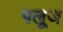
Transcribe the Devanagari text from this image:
पलूज